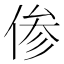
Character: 𫢺